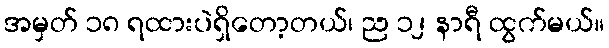
အမှတ် ၁၈ ရထားပဲရှိတော့တယ်၊ ည ၁၂ နာရီ ထွက်မယ်။